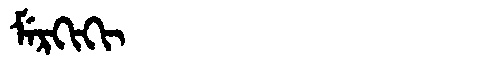
Manchu: ᠮᡝᡵᡴᡳᡴᡳ
Romanization: MERKIKI